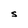
Character: S